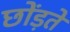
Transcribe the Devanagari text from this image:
छोंड़ते